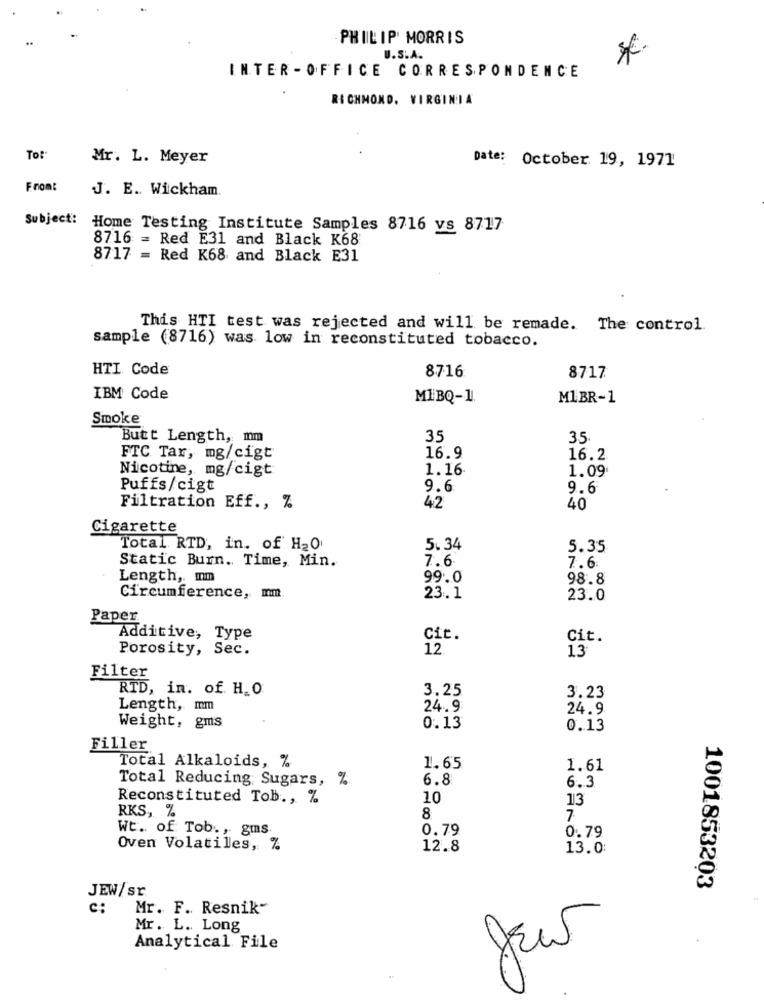
PHILIP MORRIS
*€
U.S.A.
INTER - OFFICE CORRESPONDENCE
RICHMOND, VIRGINIA
To:
Mr. L. Meyer
Date: October 19, 1971
From:
J. E. Wickham.
Subject:
Home Testing Institute Samples 8716 vs 8717
8716 = Red E31 and Black K68
8717 = Red K68 and Black E31
This HTI test was rejected and will be remade. The control.
sample (8716) was low in reconstituted tobacco.
HTI Code
8716
8717
IBM Code
MIBQ-1
MLBR-1
Smoke
Butt Length, mm
35
35.
FTC Tar, mg/cigt
16.9
16.2
Nicotine, mg/cigt
1.16
1.09
Puffs/cigt
9.6
9.6
Filtration Eff ., %
42
40
Cigarette
Total RTD, in. of H2O
5.34
5.35
Static Burn. Time, Min.
7.6
7.6
Length, mm
99.0
98.8
Circumference, mm
23.1
23.0
Paper
Additive, Type
Cit.
Cit.
Porosity, Sec.
12.
13
Filter
RTD, in. of. H. O.
3.25
3.23
Length, mm
24.9
24.9
Weight, gms
0.13
0.13
Filler
Total Alkaloids, %
1.65
1.61
Total Reducing Sugars, %
6.8
6.3
Reconstituted Tob ., %
10
13
RKS, %
8
7
Wt. of Tob ., gms.
0.79
0.79
Oven Volatiles, %
12.8
13.0
JEW/sr
1001853203
c:
Mr. F. Resnik"
Mr. L. Long
Analytical File
JEur